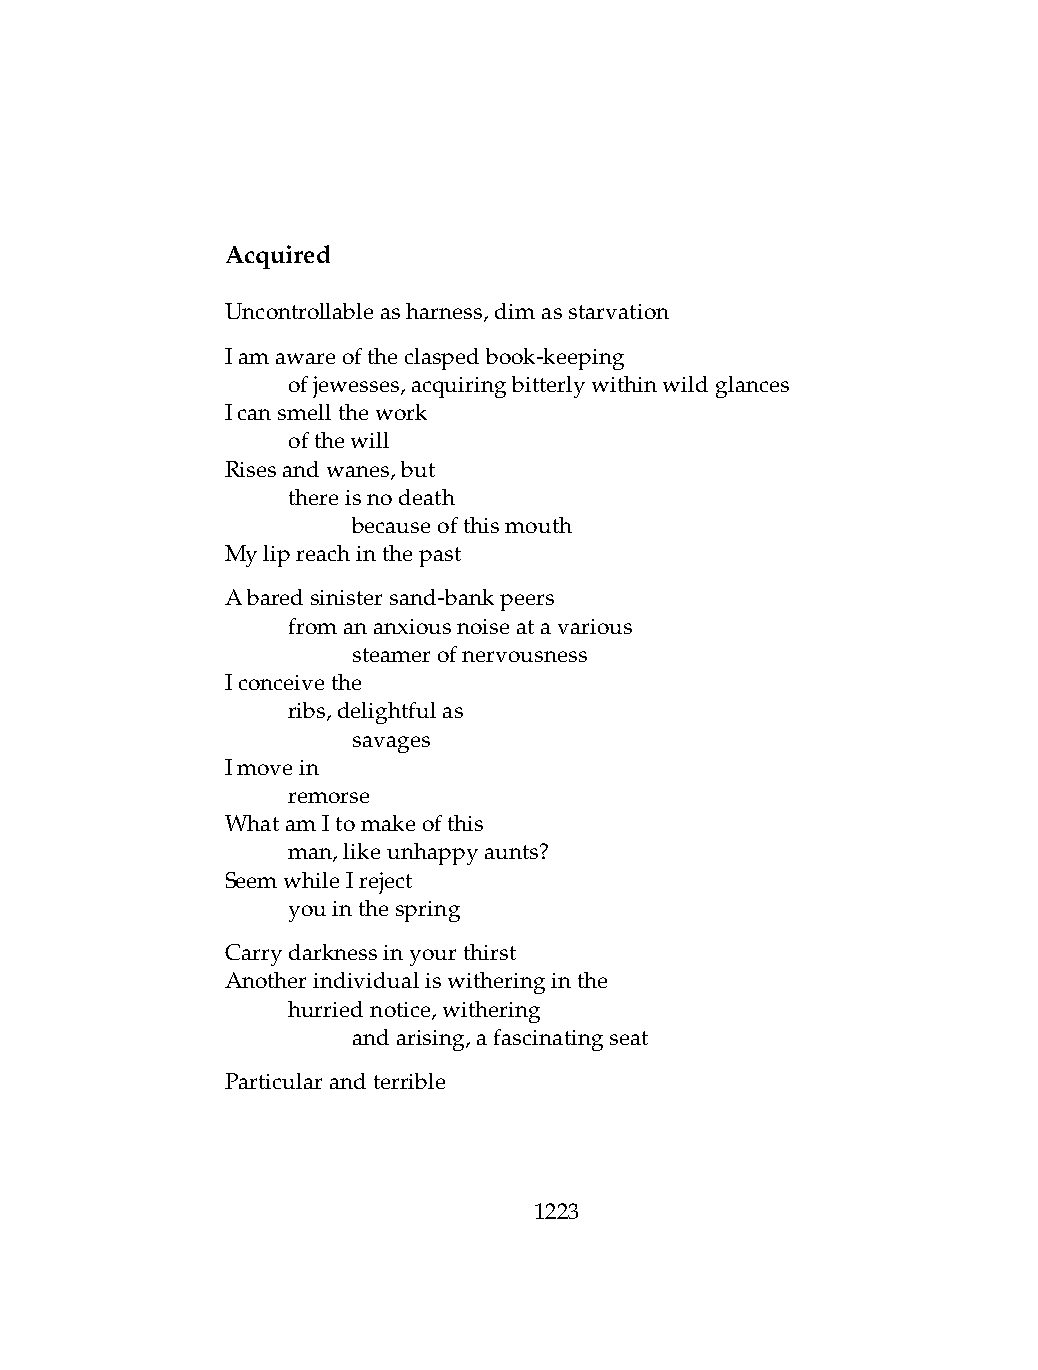
Acquired
 Uncontrollableasharness,dimasstarvation
 Iamawareoftheclaspedbook-keeping
 .   ofjewesses,acquiringbitterlywithinwildglances
 Icansmellthework
 .   ofthewill
 Risesandwanes,but
 .   thereisnodeath
 .   .   becauseofthismouth
 Mylipreachinthepast
 Abaredsinistersand-bankpeers
 .   fromananxiousnoiseatavarious
 .   .   steamerofnervousness
 Iconceivethe
 .   ribs,delightfulas
 .   .   savages
 Imovein
 .   remorse
 WhatamItomakeofthis
 .   man,likeunhappyaunts?
 SeemwhileIreject
 .   youinthespring
 Carrydarknessinyourthirst
 Anotherindividualiswitheringinthe
 .   hurriednotice,withering
 .   .   andarising,afascinatingseat
 Particularandterrible
 1223